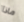
ماذا